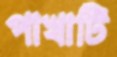
পাখাটি